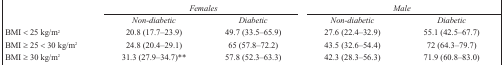
|  | <COLSPAN=2> Females | <COLSPAN=2> Male |
 |  | Non-diabetic | Diabetic | Non-diabetic | Diabetic |
 | --- | --- | --- | --- | --- |
 | BMI < 25 kg/m2 | 20.8 (17.7–23.9) | 49.7 (33.5–65.9) | 27.6 (22.4–32.9) | 55.1 (42.5–67.7) |
 | BMI ≥ 25 < 30 kg/m2 | 24.8 (20.4–29.1) | 65 (57.8–72.2) | 43.5 (32.6–54.4) | 72 (64.3–79.7) |
 | BMI ≥ 30 kg/m2 | 31.3 (27.9–34.7)** | 57.8 (52.3–63.3) | 42.3 (28.3–56.3) | 71.9 (60.8–83.0) |